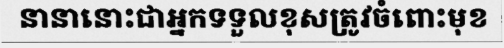
នានានោះជាអ្នកទទួលខុសត្រូវចំពោះមុខ